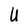
Character: U